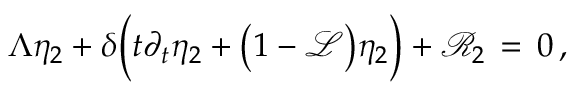
\Lambda \eta _ { 2 } + \delta \Bigl ( t \partial _ { t } \eta _ { 2 } + \bigl ( 1 - \mathcal { L } \bigr ) \eta _ { 2 } \Bigr ) + \mathcal { R } _ { 2 } \, = \, 0 \, ,